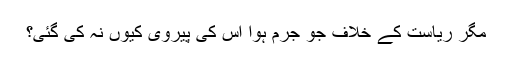
مگر ریاست کے خلاف جو جرم ہوا اس کی پیروی کیوں نہ کی گئی؟